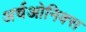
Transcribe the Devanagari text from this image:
अर्चओनिक्स